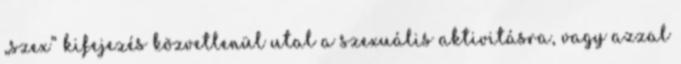
„szex” kifejezés közvetlenül utal a szexuális aktivitásra, vagy azzal